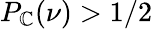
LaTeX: P_{\mathbb{C}}(\nu)>1/2